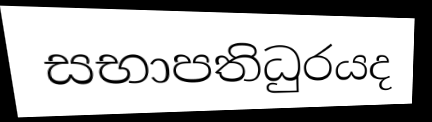
සභාපතිධුරයද